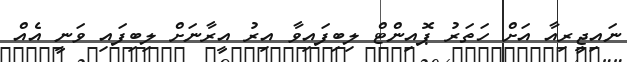
ނައިޖީރިއާ އަށް ހަތަރު ޕޮއިންޓް ލިބިފައިވާ އިރު އީރާނަށް ލިބިފައި ވަނީ އެއް